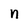
Character: n